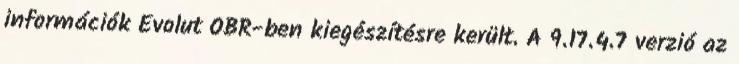
információk Evolut OBR-ben kiegészítésre került. A 9.17.4.7 verzió az